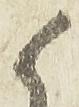
候